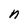
Character: n